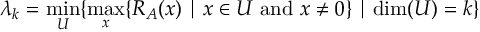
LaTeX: \lambda _ { k } = \operatorname* { m i n } _ { U } \{ \operatorname* { m a x } _ { x } \{ R _ { A } ( x ) \mid x \in U { \mathrm { ~ a n d ~ } } x \neq 0 \} \mid \dim ( U ) = k \}